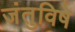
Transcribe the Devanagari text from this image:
जंतुविषे